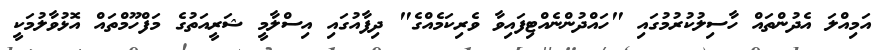
އަމިއްލަ އެދުންތައް ހާސިލުކުރުމުގައި "ހައްދުންނެއްޓިފައިވާ ވެރިކަމެއްގެ" ދިފާއުގައި އިސްލާމީ ޝަރީއަތުގެ މަފްހޫމްތައް އޮޅުވާލުމަކީ